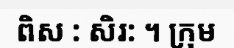
ពិស : សិរ: ។ ក្រុម